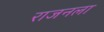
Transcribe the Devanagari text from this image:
राजनला